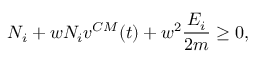
N _ { i } + w N _ { i } v ^ { C M } ( t ) + w ^ { 2 } \frac { E _ { i } } { 2 m } \ge 0 ,